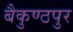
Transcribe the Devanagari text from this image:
बैकुण्ठपुर